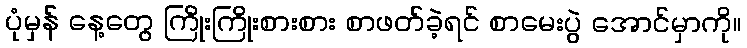
ပုံမှန် နေ့တွေ ကြိုးကြိုးစားစား စာဖတ်ခဲ့ရင် စာမေးပွဲ အောင်မှာကို။